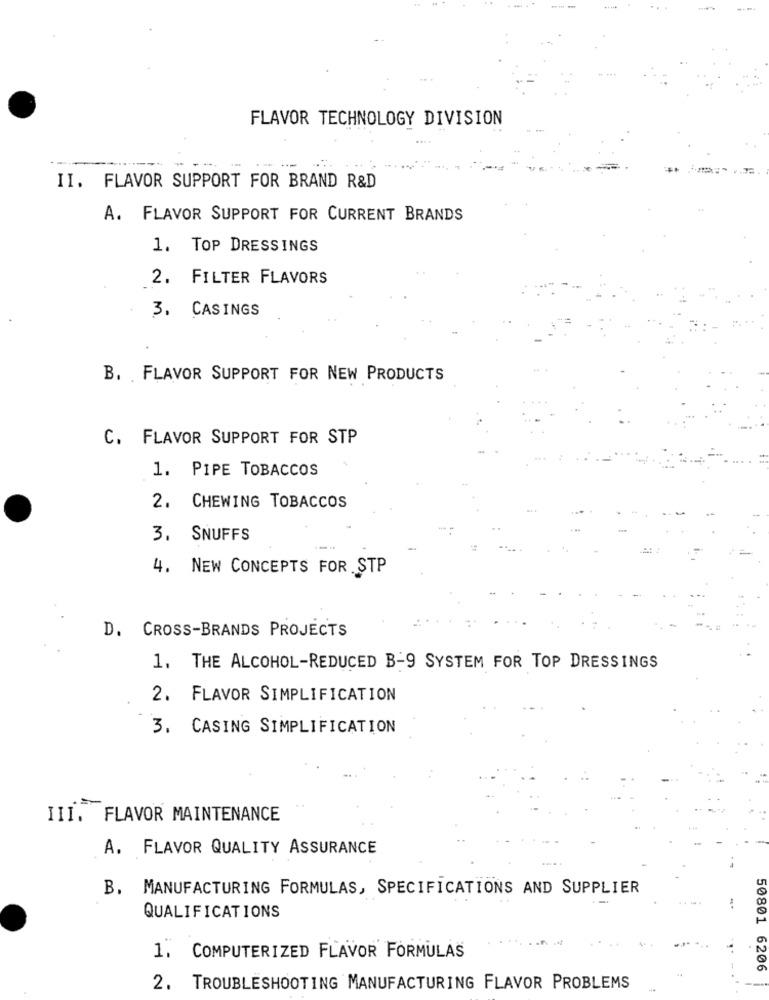
FLAVOR TECHNOLOGY DIVISION
II. FLAVOR SUPPORT FOR BRAND R&D
A. FLAVOR SUPPORT FOR CURRENT BRANDS
1. TOP DRESSINGS
2. FILTER FLAVORS
3. CASINGS
B. FLAVOR SUPPORT FOR NEW PRODUCTS
C. FLAVOR SUPPORT FOR STP
1. PIPE TOBACCOS
2. CHEWING TOBACCOS
3. SNUFFS
4. NEW CONCEPTS FOR STP
D. CROSS-BRANDS PROJECTS
1. THE ALCOHOL-REDUCED B-9 SYSTEM FOR TOP DRESSINGS
2. FLAVOR SIMPLIFICATION
3. CASING SIMPLIFICATION
III. FLAVOR MAINTENANCE
A. FLAVOR QUALITY ASSURANCE
B. MANUFACTURING FORMULAS, SPECIFICATIONS AND SUPPLIER
--
QUALIFICATIONS
1. COMPUTERIZED FLAVOR FORMULAS
50801 6206
2. TROUBLESHOOTING MANUFACTURING FLAVOR PROBLEMS